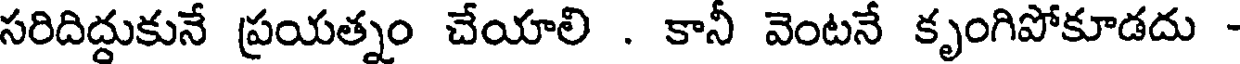
సరిదిద్దుకునే ప్రయత్నం చేయాలి . కానీ వెంటనే కృంగిపోకూడదు -